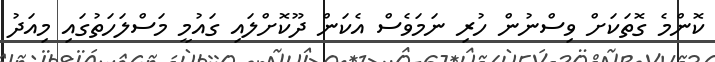
ކޮންމެ ގޮތަކަށް ވިސްނުން ހުރި ނަމަވެސް އެކަން ދޫކޮށްލައި ގައުމީ މަސްލަހަތުގައި މިއަދު